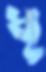
ধূ